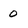
Character: 0